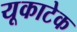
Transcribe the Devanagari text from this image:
यूकाटेक